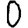
Digit: 0